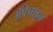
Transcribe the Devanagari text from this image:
ॲपेनाइन